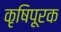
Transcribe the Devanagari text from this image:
कृषिपूरक